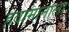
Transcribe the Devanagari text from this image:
हवामानाला